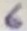
Text: 6